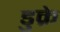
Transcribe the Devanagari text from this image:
डुक्रे